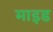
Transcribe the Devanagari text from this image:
माइड